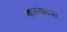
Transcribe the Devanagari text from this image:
करनाटक